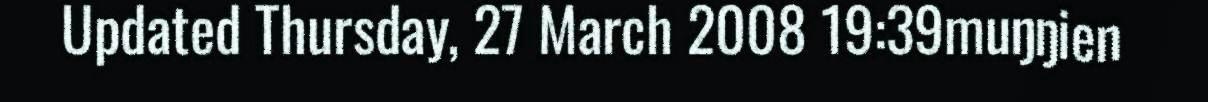
Updated Thursday, 27 March 2008 19:39muŋŋien